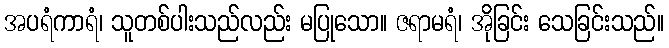
အပရံကာရံ၊ သူတစ်ပါးသည်လည်း မပြုသော။ ဇရာမရံ၊ အိုခြင်း သေခြင်းသည်။